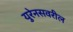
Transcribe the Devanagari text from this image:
युरेनसवरील